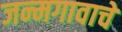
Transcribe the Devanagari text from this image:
जन्मगावाचे